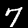
Digit: 7